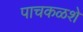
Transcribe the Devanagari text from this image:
पाचकळशे